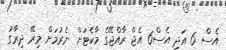
އެސް 6 އަދި އެސް6 އެޖް ރާއްޖޭގެ މާކެޓަށް ނެރުމަށް މިރޭ ދިރާގު